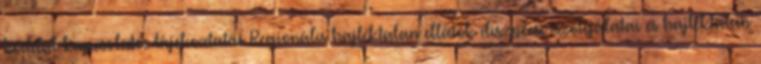
kóddal kapcsolatos tájékoztatás Regionális hajléktalan ellátók diszpécserszolgálatai és hajléktalan